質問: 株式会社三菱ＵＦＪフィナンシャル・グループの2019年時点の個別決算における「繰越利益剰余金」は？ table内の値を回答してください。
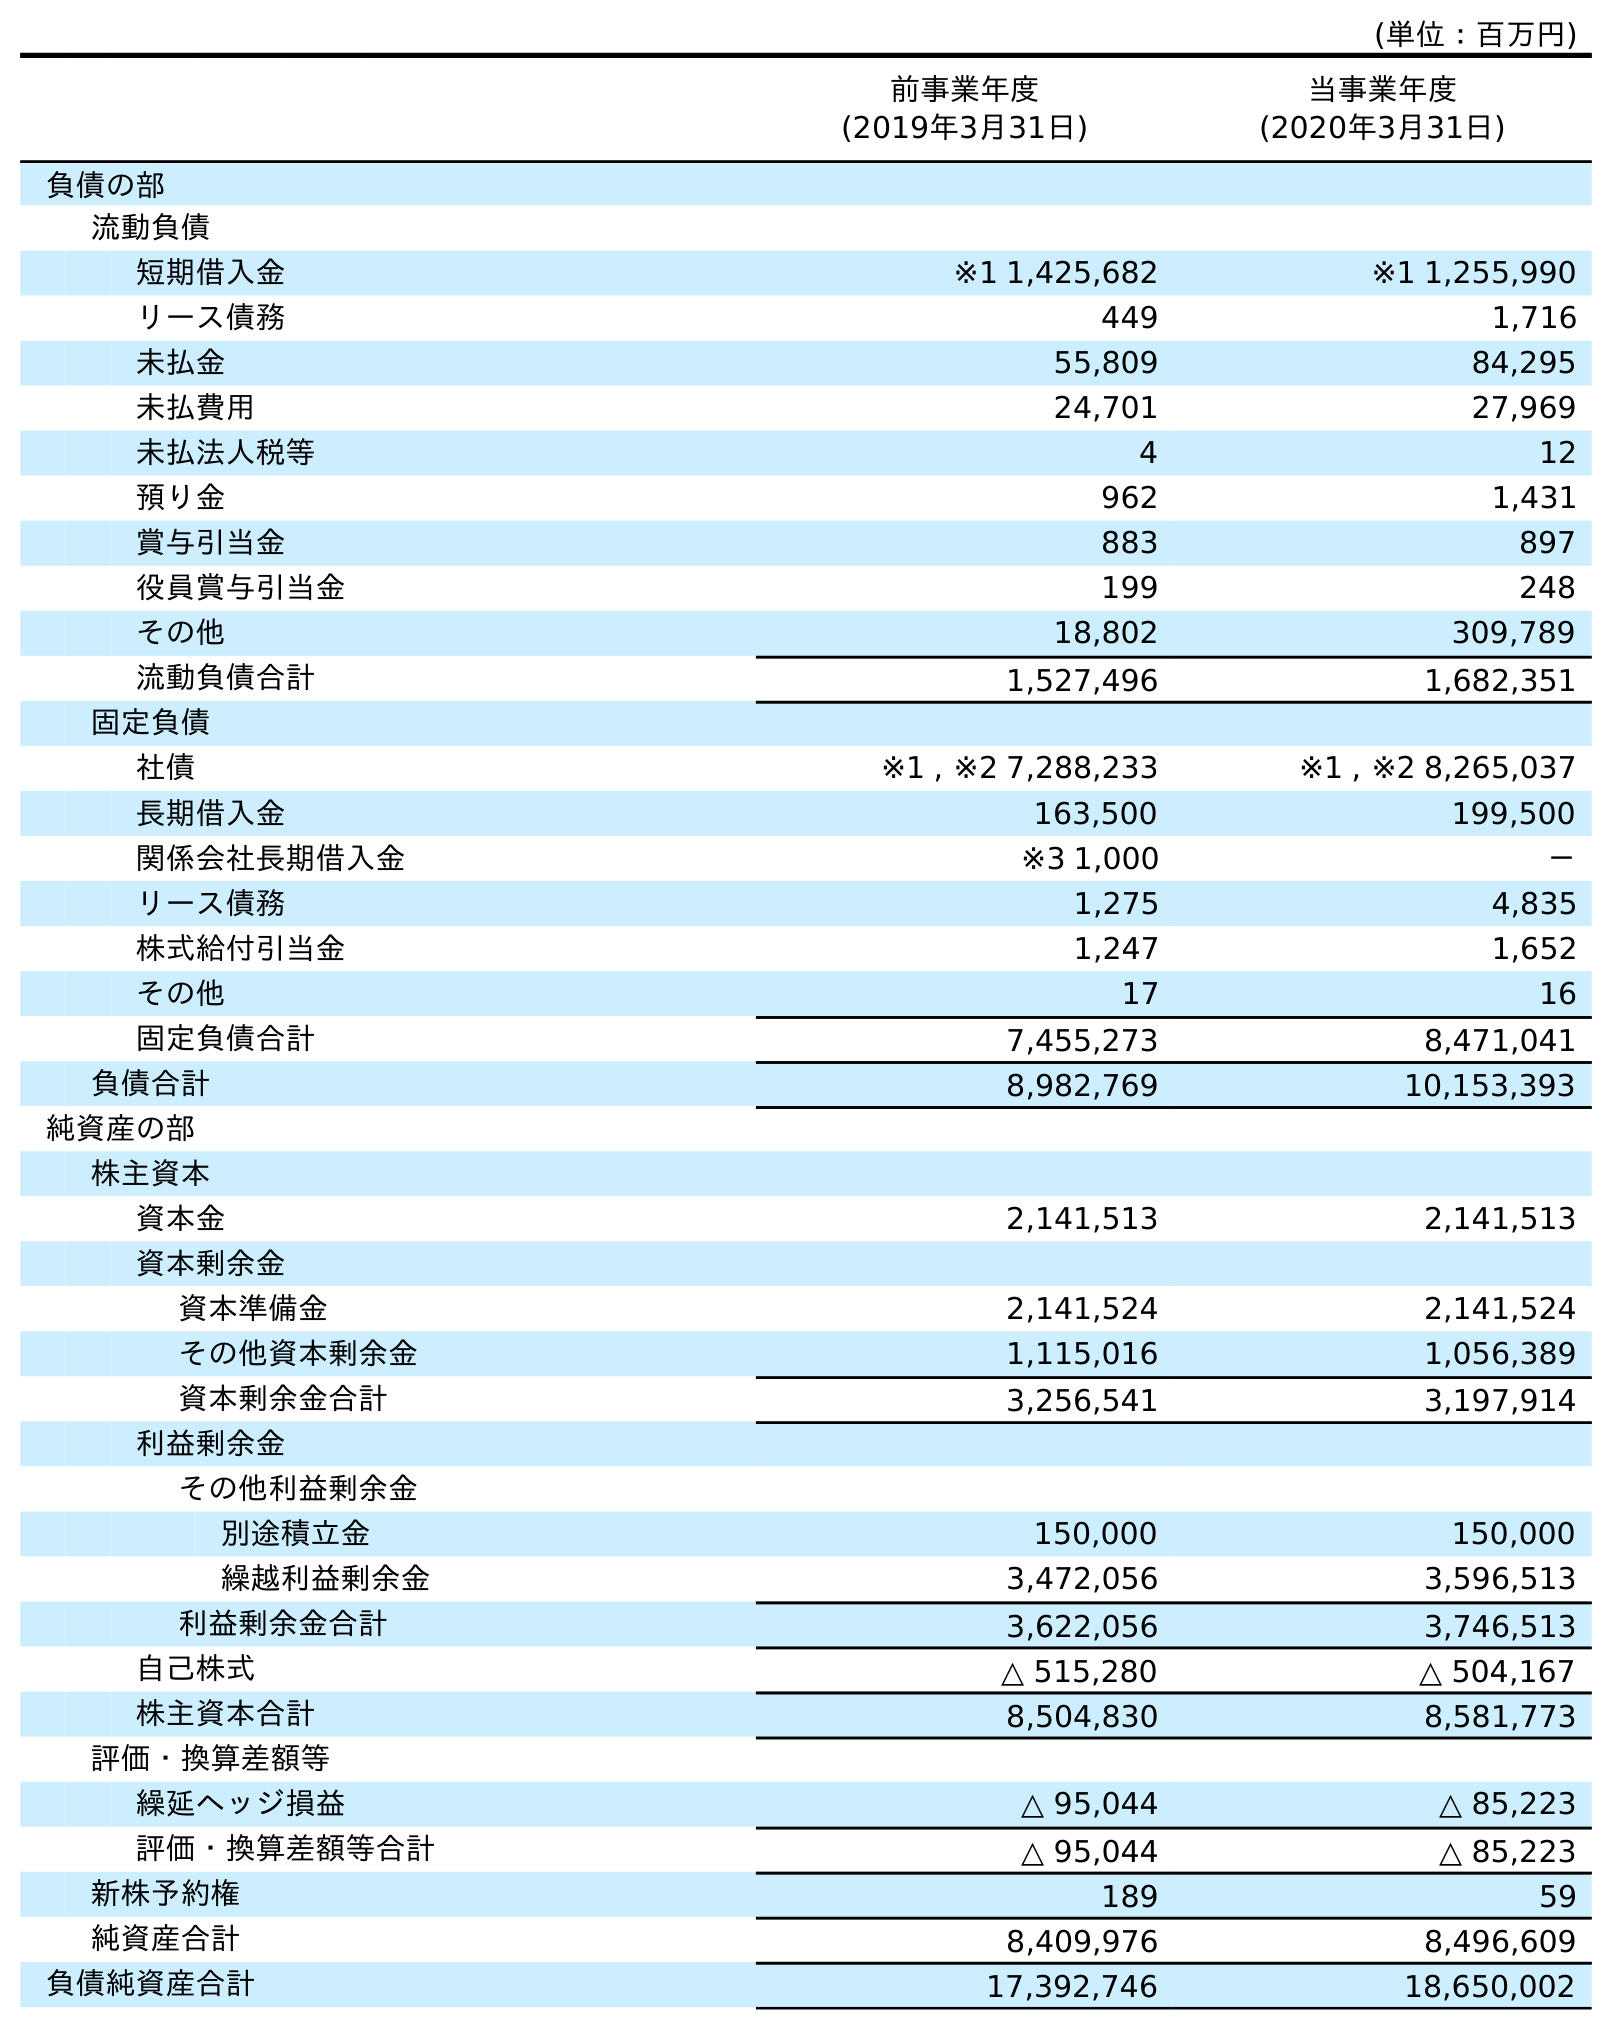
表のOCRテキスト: (単位：百万円) 前事業年度 (2019年3月31日) 当事業年度 (2020年3月31日) 負債の部 流動負債 短期借入金 ※1 1,425,682 ※1 1,255,990 リース債務 449 1,716 未払金 55,809 84,295 未払費用 24,701 27,969 未払法人税等 4 12 預り金 962 1,431 賞与引当金 883 897 役員賞与引当金 199 248 その他 18,802 309,789 流動負債合計 1,527,496 1,682,351 固定負債 社債 ※1 , ※2 7,288,233 ※1 , ※2 8,265,037 長期借入金 163,500 199,500 関係会社長期借入金 ※3 1,000 － リース債務 1,275 4,835 株式給付引当金 1,247 1,652 その他 17 16 固定負債合計 7,455,273 8,471,041 負債合計 8,982,769 10,153,393 純資産の部 株主資本 資本金 2,141,513 2,141,513 資本剰余金 資本準備金 2,141,524 2,141,524 その他資本剰余金 1,115,016 1,056,389 資本剰余金合計 3,256,541 3,197,914 利益剰余金 その他利益剰余金 別途積立金 150,000 150,000 繰越利益剰余金 3,472,056 3,596,513 利益剰余金合計 3,622,056 3,746,513 自己株式 △ 515,280 △ 504,167 株主資本合計 8,504,830 8,581,773 評価・換算差額等 繰延ヘッジ損益 △ 95,044 △ 85,223 評価・換算差額等合計 △ 95,044 △ 85,223 新株予約権 189 59 純資産合計 8,409,976 8,496,609 負債純資産合計 17,392,746 18,650,002
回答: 3,472,056